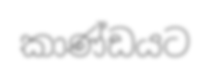
කාණ්ඩයට